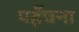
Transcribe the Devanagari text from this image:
पहँचना